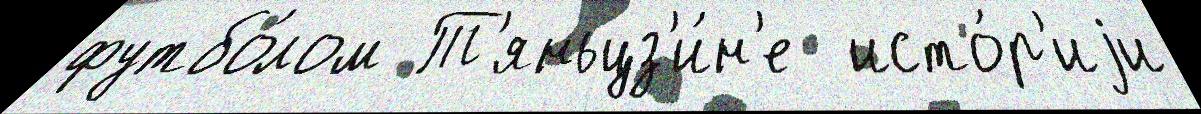
футбо́лом Т'яньцз'и́н'е  исто́р'иjи